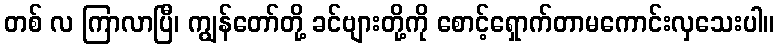
တစ် လ ကြာလာပြီ၊ ကျွန်တော်တို့ ခင်ဗျားတို့ကို စောင့်ရှောက်တာမကောင်းလှသေးပါ။